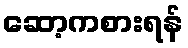
ဆော့ကစားရန်